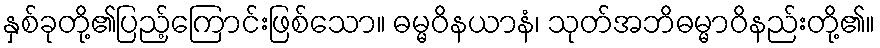
နှစ်ခုတို့၏ပြည့်ကြောင်းဖြစ်သော။ ဓမ္မဝိနယာနံ၊ သုတ်အဘိဓမ္မာဝိနည်းတို့၏။